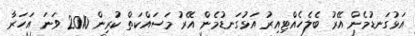
އަޅުގަނޑުމެން އޭރު ބެލެހެއްޓިއިރު އަޅުގަނޑުމެން އޭރު މަސައްކަތް ކުރިން 2010 ވަނަ އަހަރާ